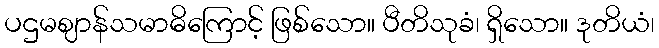
ပဌမဈာန်သမာဓိကြောင့် ဖြစ်သော။ ပီတိသုခံ၊ ရှိသော။ ဒုတိယံ၊